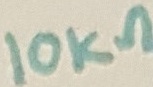
Text: 10KΩ